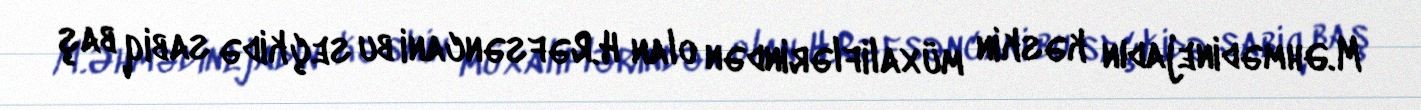
M.Əhmədinejadın kəskin müxaliflərindən olan H.Rəfsəncani bu seçkidə sabiq baş